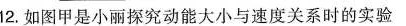
12.如图甲是小丽探究动能大小与速度关系时的实验